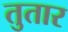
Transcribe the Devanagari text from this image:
तुतार